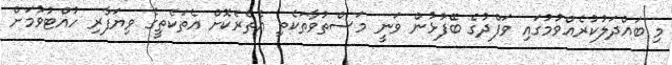
މި ބައްދަލުކުރެއްވުމުގައި ވަފްދުގެ ބޭފުޅުން ވަނީ މަސްތުވާތަކެތި އެތެރެކޮށް އެތަކެތީގެ ވިޔަފާރި ހުއްޓުވުމަށް